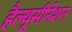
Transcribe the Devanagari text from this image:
हैल्यूसीनेशन